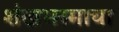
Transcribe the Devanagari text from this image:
शंखभस्माचा